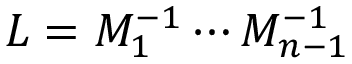
L = M _ { 1 } ^ { - 1 } \cdots M _ { n - 1 } ^ { - 1 }